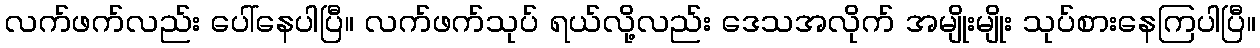
လက်ဖက်လည်း ပေါ်နေပါပြီ။ လက်ဖက်သုပ် ရယ်လို့လည်း ဒေသအလိုက် အမျိုးမျိုး သုပ်စားနေကြပါပြီ။